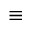
\equiv